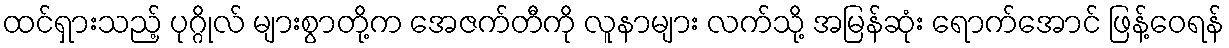
ထင်ရှားသည့် ပုဂ္ဂိုလ် များစွာတို့က အေဇက်တီကို လူနာများ လက်သို့ အမြန်ဆုံး ရောက်အောင် ဖြန့်ဝေရန်